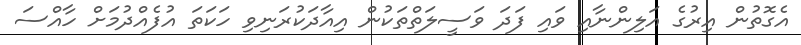
އެގޮތުން އިރުގެ އަލިންނާއި ވައި ފަދަ ވަސީލަތްތަކުން އިއާދަކުރަނިވި ހަކަތަ އުފެއްދުމަށް ހާއްސަ